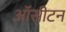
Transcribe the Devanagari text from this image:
ऑसीटन